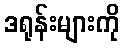
ဒရုန်းများကို